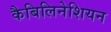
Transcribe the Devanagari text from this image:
कैबिलिनेशियन